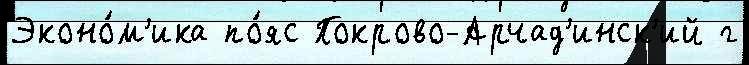
Эконо́м'ика по́яс Покрово-Арчад'инск'ий г